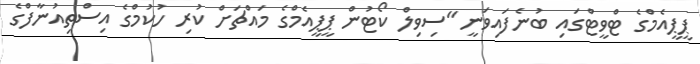
ޕީޕީއެމްގެ ޓްވީޓްގައި ބުނެފައިވަނީ "ސިވިލް ކޯޓުން ޕީޕީއެމްގެ މައްޗަށް ކުރި ހުކުމްގެ އިސްތިއުނާފްގެ